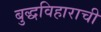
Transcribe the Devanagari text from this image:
बुद्धविहाराची